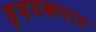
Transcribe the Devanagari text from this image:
हृदयकपाट